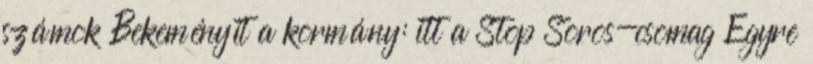
számok Bekeményít a kormány: itt a Stop Soros-csomag Egyre